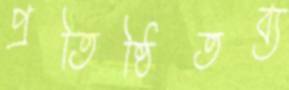
প্রতিষ্ঠিতব্য